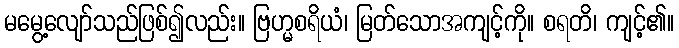
မမွေ့လျော်သည်ဖြစ်၍လည်း။ ဗြဟ္မစရိယံ၊ မြတ်သောအကျင့်ကို။ စရတိ၊ ကျင့်၏။